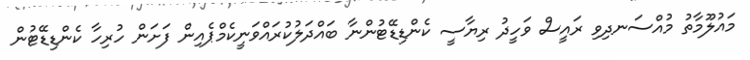
މައުލޫމާތު މުއްސަނދިވި ރައީސް ވަހީދު ރިޔާސީ ކެންޑިޑޭޓުންނާ ބައްދަލުކުރައްވަނީކެމްޕެއިން ފަށަން ހުރިހާ ކެންޑިޑޭޓުން